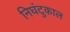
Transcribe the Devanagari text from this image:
निघंटुकाल